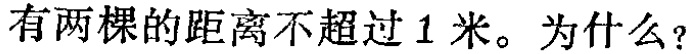
有两棵的距离不超过 1 米。为什么？